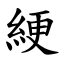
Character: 綆